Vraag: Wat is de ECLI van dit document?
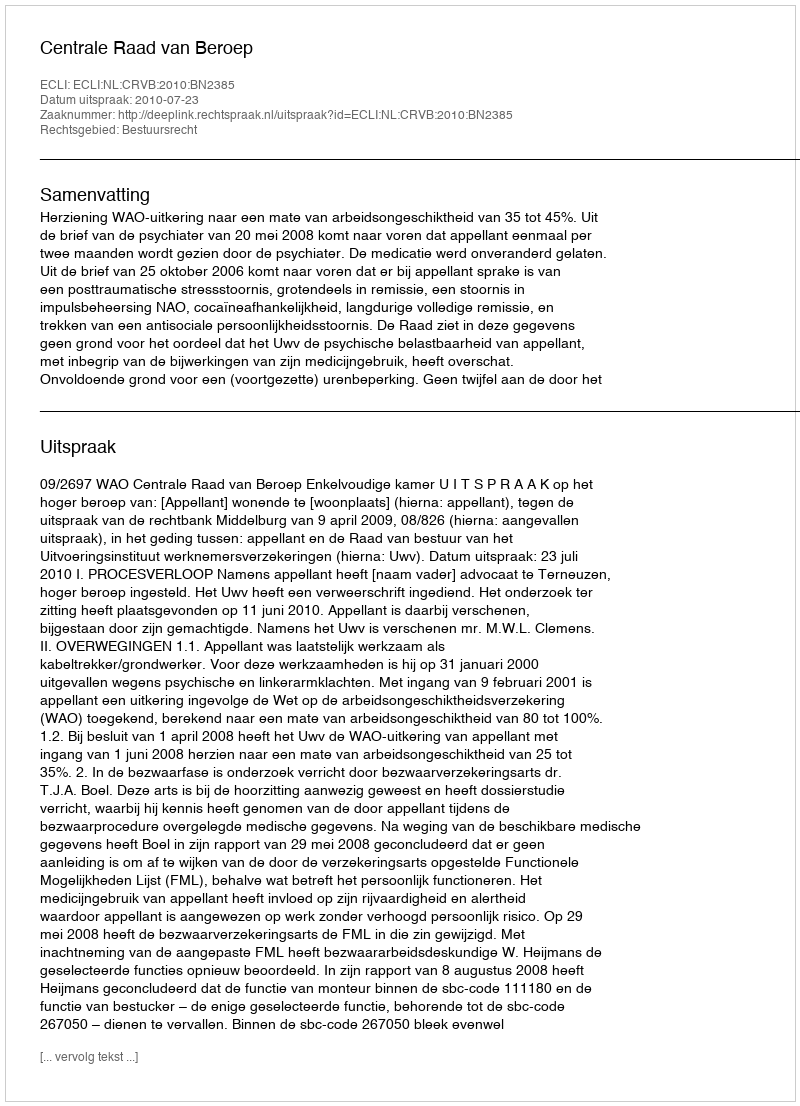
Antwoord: ECLI:NL:CRVB:2010:BN2385